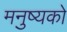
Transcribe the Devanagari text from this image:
मनुष्यको